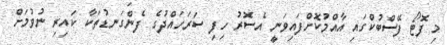
މި ފޮޓޯ ފޭސްބުކްގައި އާއްމުކޮށްފައިވަނީ އެސޮރު ހިފި ސަރަހައްދުގެ ފެންގަނޑުތަކާ ކައިރި ނުވުމަށް